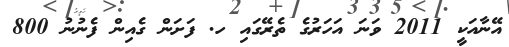
އޭނާއަކީ 2011 ވަނަ އަހަރުގެ ތެރޭގައިި ހ. ފަށަން ގެއިން ފެނުނު 800